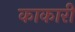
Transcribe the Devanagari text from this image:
काकारी